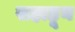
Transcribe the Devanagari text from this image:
सहाहून